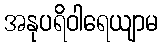
အနုပရိဝါရေယျာမ